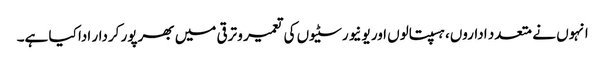
انہوں نے متعدد اداروں، ہسپتالوں اور یونیورسٹیوں کی تعمیر و ترقی میں بھرپور کردار ادا کیا ہے۔